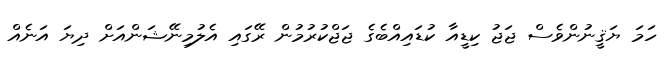
ހަމަ ޔަޤީނުންވެސް ޖަޖު ކިޑީއާ ކުޑައިއްބެގެ ޖަޖްކުރުމުން ރޭގައި އެލުމިނޭޝަންއަށް ދިޔަ އަނެއް